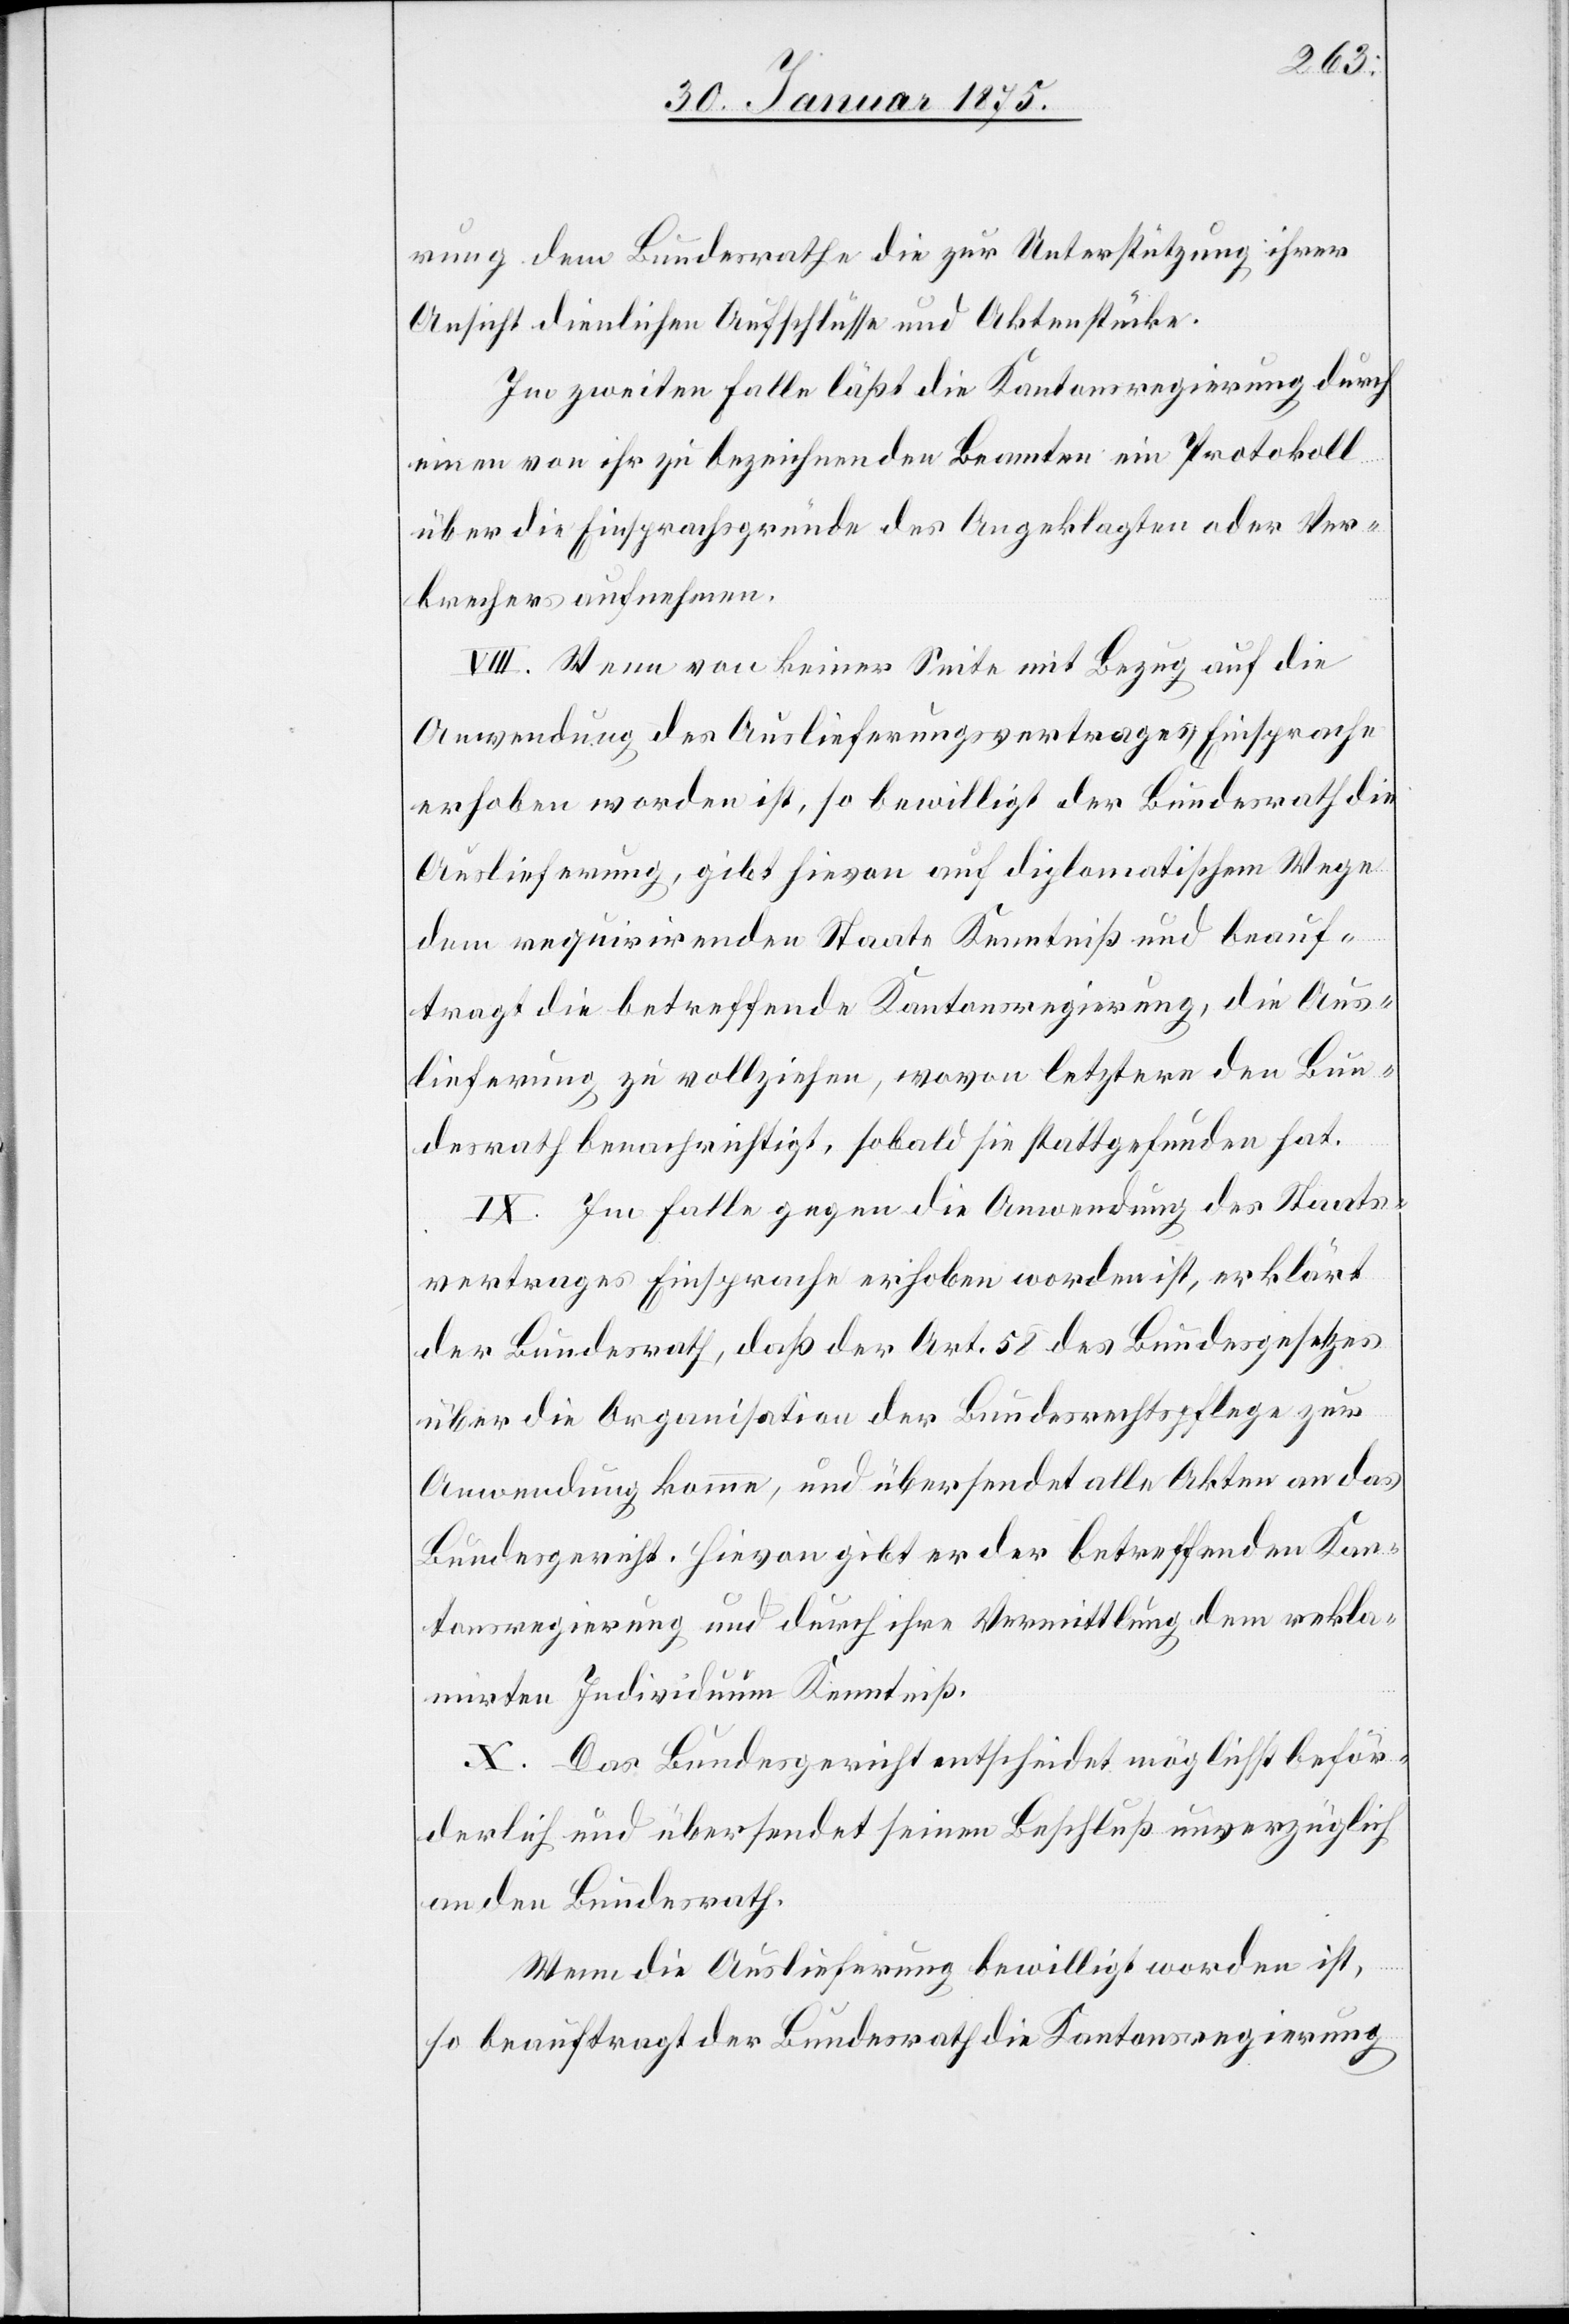
rung dem Bundesrathe die zur Unterstützung ihrer
Ansicht dienlichen Aufschlüsse und Aktenstücke.
Im zweiten Falle läßt die Kantonsregierung durch
einen von ihr zu bezeichnenden Beamten ein Protokoll
über die Einsprachsgründe des Angeklagten oder Ver¬
brechens aufnehmen.
VIII. Wenn von keiner Seite mit Bezug auf die
Anwendung des Auslieferungsvertrages Einsprache
erhoben worden ist, so bewilligt der Bundesrath die
Auslieferung, gibt hievon auf diplomatischem Wege
dem requirirenden Staate Kenntniß und beauf¬
tragt die betreffende Kantonsregierung, die Aus¬
lieferung zu vollziehen, wovon letztere den Bun¬
desrath benachrichtigt, sobald die stattgefunden hat.
IX. Im Falle gegen die Anwendung des Staats¬
vertrages Einsprache erhoben worden ist, erklärt
der Bundesrath, daß der Art. 58 des Bundesgesetzes
über die Organisation der Bundesrechtspflege zur
Anwendung komme, und übersendet alle Akten an das
Bundesgericht. Hievon gibt er der betreffenden Kan¬
tonsregierung und durch ihre Vermittlung dem rekla¬
mirten Individuum Kenntniß.
X. Das Bundesgericht entscheidet möglichst beför¬
derlich und übersendet seinen Beschluß unverzüglich
an den Bundesrath.
Wenn die Auslieferung bewilligt worden ist,
so beauftragt der Bundesrath die Kantonsregierung